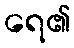
ရေ၏